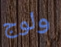
ولوج